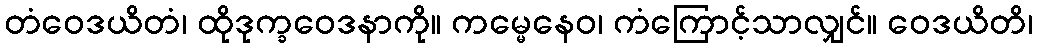
တံဝေဒယိတံ၊ ထိုဒုက္ခဝေဒနာကို။ ကမ္မေနေဝ၊ ကံကြောင့်သာလျှင်။ ဝေဒယိတိ၊